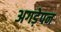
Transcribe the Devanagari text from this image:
अगड़ेपन